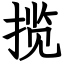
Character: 揽